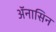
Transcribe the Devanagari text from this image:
ॲनासिन